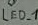
Text: LED_1